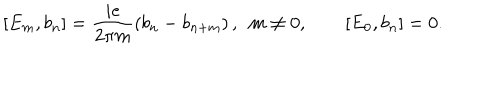
LaTeX: [ E _ { m } , b _ { n } ] = \frac { i e } { 2 \pi m } \left( b _ { n } - b _ { n + m } \right) , \ \ m \neq 0 , \qquad [ E _ { 0 } , b _ { n } ] = 0 .